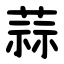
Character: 蒜